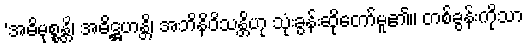
‘အဓိမုစ္စန္တိ၊ အဓိဋ္ဌဟန္တိ၊ အဘိနိဝိသန္တိဟု သုံးခွန်းဆိုတော်မူ၏။ တစ်ခွန်းကိုသာ